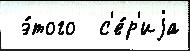
 э́того  с'е́р'иjа